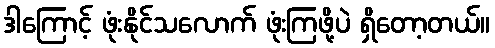
ဒါကြောင့် ဖုံးနိုင်သလောက် ဖုံးကြဖို့ပဲ ရှိတော့တယ်။